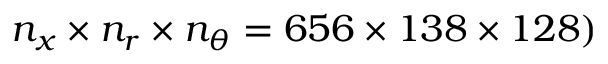
n _ { x } \times n _ { r } \times n _ { \theta } = 6 5 6 \times 1 3 8 \times 1 2 8 )